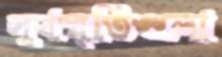
সুখস্মৃতিগুলো